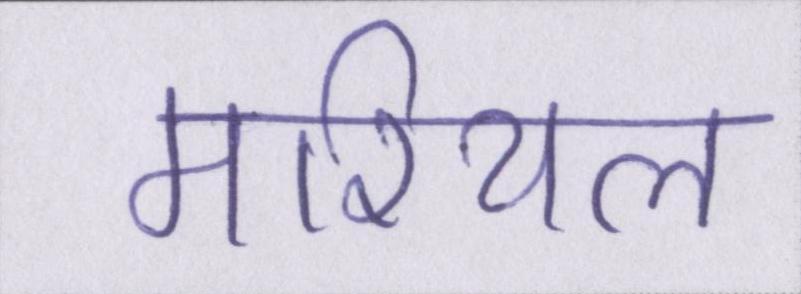
मरियल